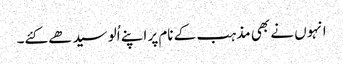
انہوں نے بھی مذہب کے نام پر اپنے اُلو سیدھے کئے۔